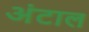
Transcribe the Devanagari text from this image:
अंटाल